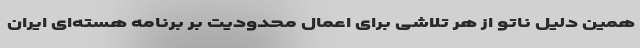
همین دلیل ناتو از هر تلاشی برای اعمال محدودیت بر برنامه هسته‌ای ایران